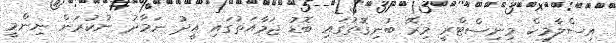
އިސްލާމިކް މިނިސްޓްރީ މިރޭ ބުނިގޮތުގައި ބޮޑު ޖަމާއަތުގައި އީދު ނަމާދު ނުކުރަން ނިންމީ